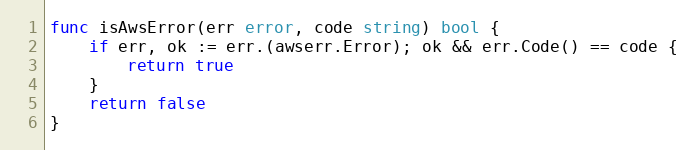
Language: Go
func isAwsError(err error, code string) bool {
	if err, ok := err.(awserr.Error); ok && err.Code() == code {
		return true
	}
	return false
}